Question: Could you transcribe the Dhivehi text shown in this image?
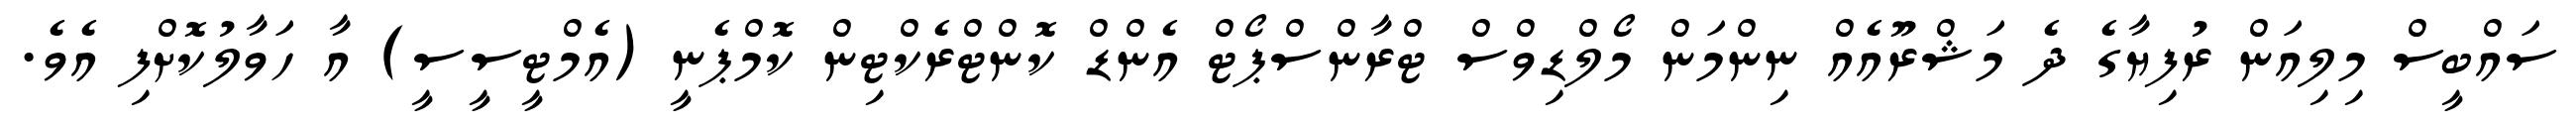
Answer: ސައްބީސް މިލިއަން ރުފިޔާގެ ދެ މަޝްރޫއެއް ނިންމަން މޯލްޑިވްސް ޓްރާންސްޕޯޓް އެންޑް ކޮންޓްރެކްޓިން ކޮމްޕެނީ (އެމްޓީސީސީ) އާ ހަވާލުކޮށްފި އެވެ.